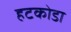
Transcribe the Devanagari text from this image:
हटकोडा